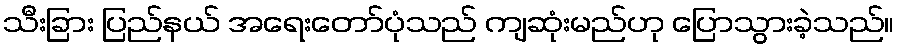
သီးခြား ပြည်နယ် အရေးတော်ပုံသည် ကျဆုံးမည်ဟု ပြောသွားခဲ့သည်။